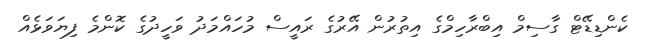
ކެންޑިޑޭޓް ގާސިމް އިބްރާހިމްގެ އިތުރުން އޭރުގެ ރައީސް މުހައްމަދު ވަހީދުގެ ކޮންމެ ފިޔަވަޅެއް